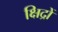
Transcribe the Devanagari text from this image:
क्षिद्रों